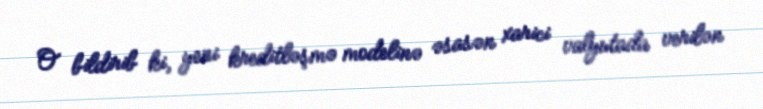
O bildirib ki, yeni kreditləşmə modelinə əsasən xarici valyutada verilən